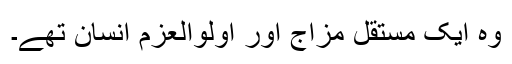
وہ ایک مستقل مزاج اور اولوالعزم انسان تھے۔